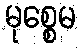
မုစ္စေမ